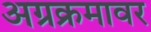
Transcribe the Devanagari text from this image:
अग्रक्रमावर